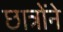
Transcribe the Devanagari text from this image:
छात्रोंने